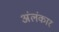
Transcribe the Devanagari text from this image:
अंलंकार